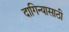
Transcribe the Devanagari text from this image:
दागिन्यासाठी